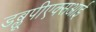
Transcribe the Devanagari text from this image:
डब्लूपीएक्सआई